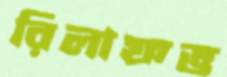
রিলাফভ